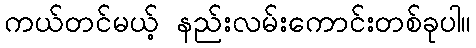
ကယ်တင်မယ့် နည်းလမ်းကောင်းတစ်ခုပါ။